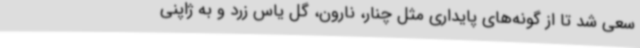
سعی شد تا از گونه‌های پایداری مثل چنار، نارون، گل یاس زرد و به ژاپنی